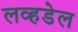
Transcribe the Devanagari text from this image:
लव्हडेल